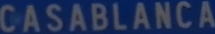
CASABLANCA